Report on sanitation, dispensaries, and jails in Rajputana for 1918, and on vaccination for the year 1918-1919 - 1918-1919
Year: 1918
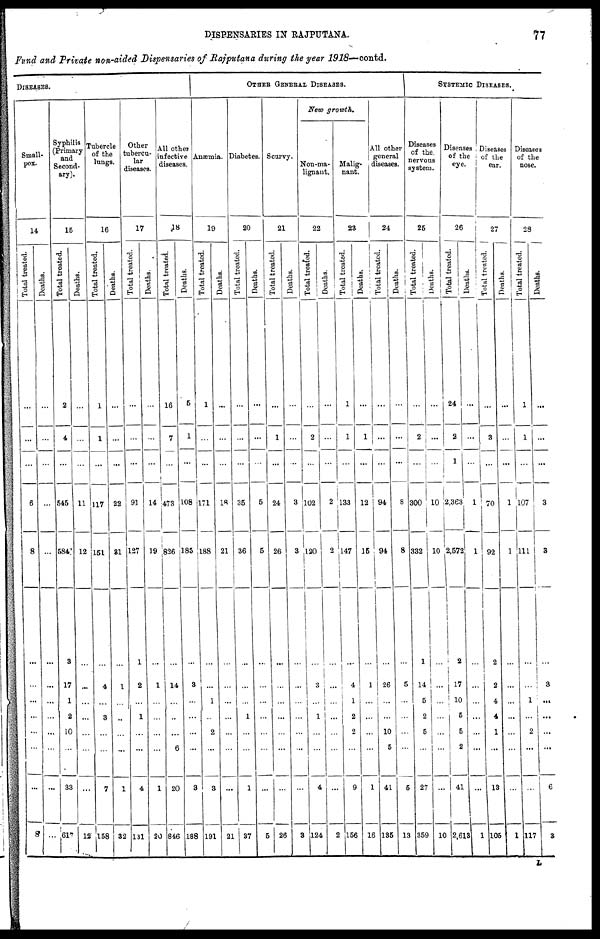
DISPENSARIES IN RAJPUTANA.
77
Fund and Private non-aided Dispensaries of Rajputana during the year 1918— contd.
DISEASES.
Small¬
pox.
14
Total treated.
...
...
...
6
8
...
...
...
...
...
...
...
8
Deaths.
...
...
...
...
...
...
...
...
...
...
...
...
...
Syphilis
(Primary
and
Second-
ary).
15
Total treated.
2
4
...
545
584
3
17
1
2
10
...
33
617
Deaths.
...
...
...
11
12
...
...
...
...
...
...
...
12
Tubercle
of the
lungs.
16
Total treated.
1
1
...
117
151
...
4
...
3
...
...
7
158
Deaths.
...
...
...
22
31
...
1
...
...
...
...
1
32
Other
tubercu¬
lar
diseases.
17
Total treated.
...
...
...
91
127
1
2
...
1
...
...
4
131
Deaths.
...
...
...
14
19
...
1
...
...
...
...
1
20
All other
infective
diseases.
18
Total
treated.
16
7
...
473
826
...
14
...
...
...
6
20
846
Deaths.
5
1
...
108
185
...
3
...
...
...
...
3
188
OTHER GENERAL DISEASES.
Anæmia.
19
Total treated.
1
...
...
171
188
...
...
1
... 2
...
3
191
Deaths.
...
...
...
18
21
...
...
...
...
...
...
...
21
Diabetes.
20
Total treated.
...
...
...
35
36
...
...
...
1
...
...
1
37
Deaths.
...
...
...
5
5
...
...
...
...
...
...
...
5
Scurvy.
21
Total treated.
...
1
...
24
26
...
...
...
...
...
...
...
26
Deaths.
...
...
...
3
3
...
...
...
...
...
...
...
3
New
growth.
Non-ma-
lignant.
22
Total
treated.
...
2
...
102
120
...
3
...
1
...
...
4
124
Deaths.
...
...
...
2
2
...
...
...
...
...
...
...
2
Malig-
nant.
23
Total treated.
1
1
...
133
147
...
4
1
2
2
...
9
156
Deaths.
...
1
...
12
15
...
1
...
...
...
...
1
16
All other
general
diseases.
24
Total treated.
...
...
...
94
94
...
26
...
...
10
5
41
135
Deaths.
...
...
...
8
8
...
5
...
...
...
...
5
13
SYSTEMIC DISEASES.
Diseases
of the
nervous
system.
25
Total treated.
...
2
...
300
332
1
14
5
2
5
...
27
359
Deaths.
...
...
...
10
10
...
...
...
...
...
...
...
10
Diseases
of the
eye.
26
Total treated.
24
2
1
2,363
2,572
2
17
10
5
5
2
41
2,613
Deaths.
...
...
...
1
1
...
...
...
...
...
...
...
1
Diseases
of the
ear.
27
Total treated.
...
3
...
70
92
2
2
4
4
1
...
13
105
Deaths.
...
...
...
1
1
...
...
...
...
...
...
...
1
Diseases
of the
nose.
28
Total treated.
1
1
...
107
111
...
...
1
...
2
...
...
117
Deaths.
...
...
...
3
3
...
3
...
...
...
...
6
3
L